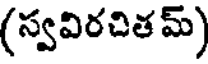
(స్వవిరచిత మ్)